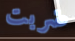
ضربت